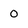
Character: 0